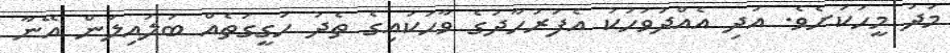
މަދު މީހަކަށެވެ. އަދި އެއްދުވަހަކު އެފަރުހާދުގެ ވާހަކައިގެ ތެދު ހަގީގަތެއް ބަލައިލަން އޭނާ